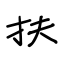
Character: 扶